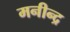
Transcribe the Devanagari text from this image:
मनीन्द्र